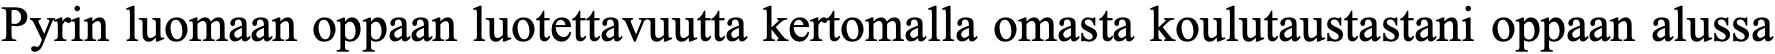
Pyrin luomaan oppaan luotettavuutta kertomalla omasta koulutaustastani oppaan alussa